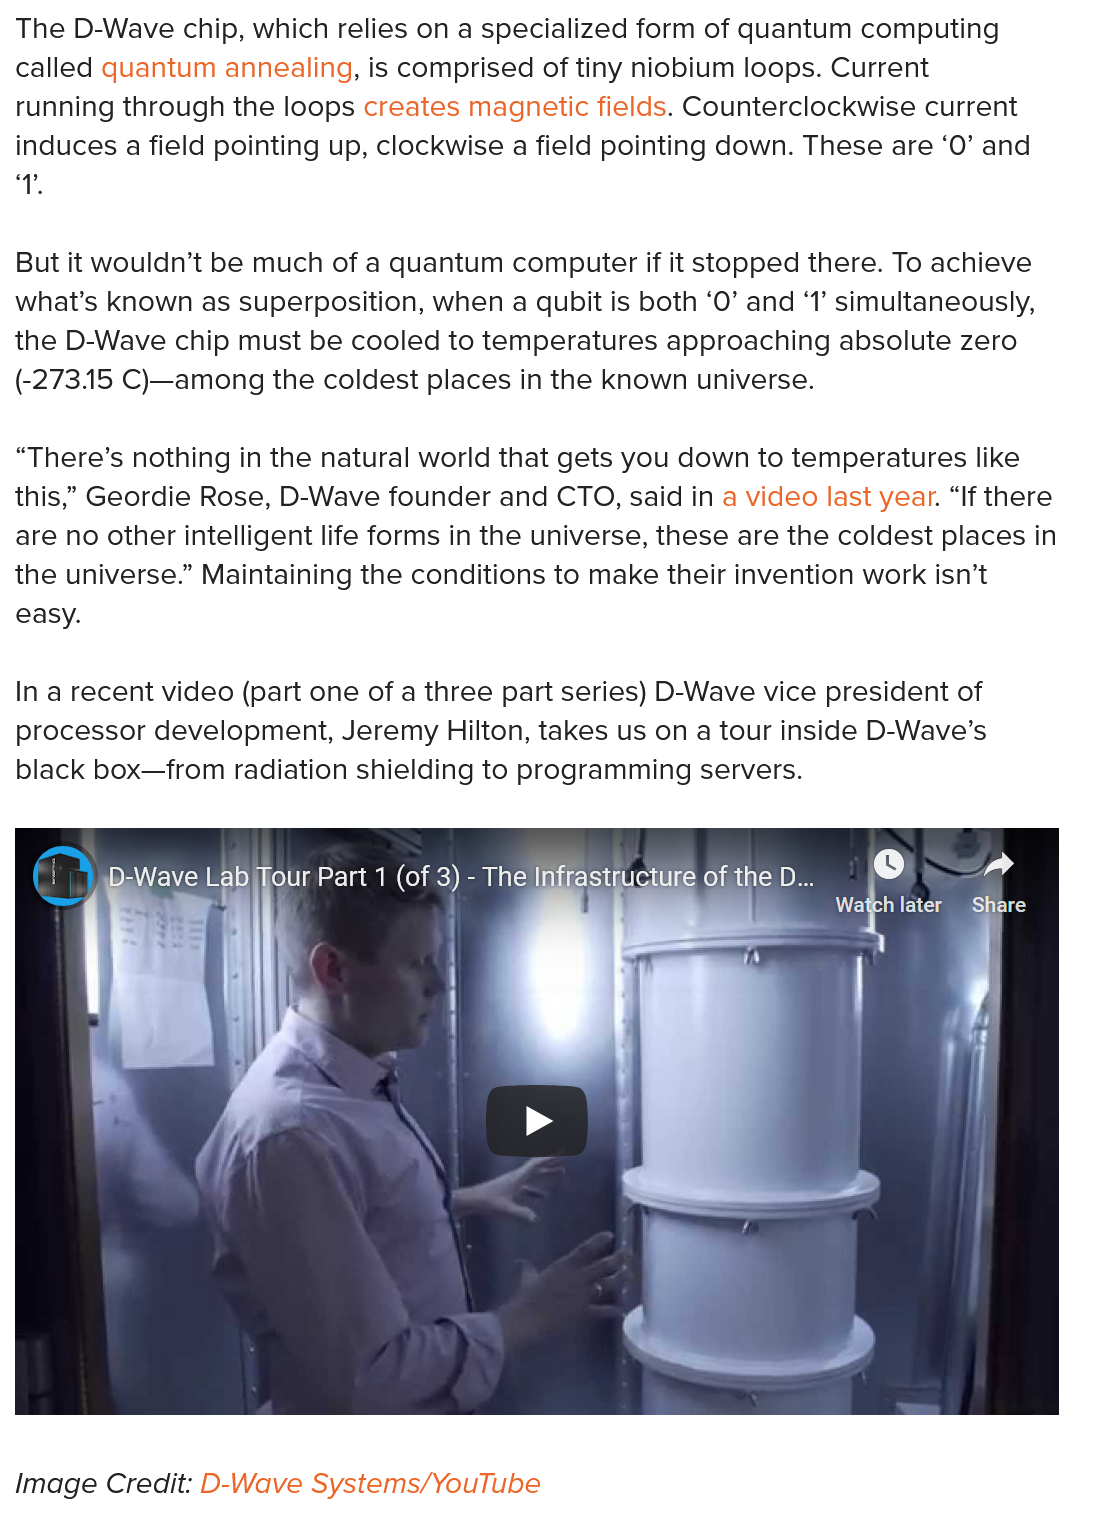
The D-Wave chip, which relies on a specialized form of quantum computing
  called quantum annealing, is comprised of tiny niobium loops. Current
  running through the loops creates magnetic fields. Counterclockwise current
  induces a field pointing up, clockwise a field pointing down. These are ‘0’ and
  1.
  But it wouldn’t be much of a quantum computer if it stopped there. To achieve
  what’s known as superposition, when a qubit is both ‘0’ and ‘1’ simultaneously,
  the D-Wave chip must be cooled to temperatures approaching absolute zero
  (-273.15 C)—among the coldest places in the known universe.
  “There’s nothing in the natural world that gets you down to temperatures like
  this,” Geordie Rose, D-Wave founder and CTO, said in a video last year. “If there
  are no other intelligent life forms in the universe, these are the coldest places in
  the universe.” Maintaining the conditions to make their invention work isn’t
  easy.
  In a recent video (part one of a three part series) D-Wave vice president of
  processor development, Jeremy Hilton, takes us on a tour inside D-Wave’s
  black box—from radiation shielding to programming servers.
     Watch Levis
     D-Wave Labjfour Part 1 (of 3) -
     The Infrastructure of the D...
  Image Credit: D-Wave Systems/YouTube

     7